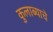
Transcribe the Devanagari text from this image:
कुलाब्याचे